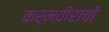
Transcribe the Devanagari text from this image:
कर्मवीरांची